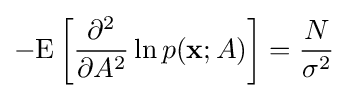
-\mathrm {E} \left[{\frac {\partial ^{2}}{\partial A^{2}}}\ln p(\mathbf {x} ;A)\right]={\frac {N}{\sigma ^{2}}}